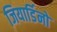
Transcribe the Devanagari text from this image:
जियार्डिनो